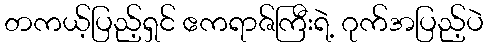
တကယ့်ပြည့်ရှင် ဧကရာဇ်ကြီးရဲ့ ဂုက်အပြည့်ပဲ